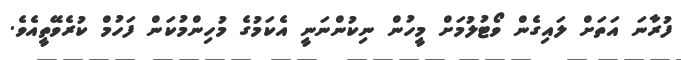
ފުރާނަ އަތަށް ލައިގެން ވޯޓުލުމަށް މީހުން ނިކުންނަނީ އެކަމުގެ މުހިންމުކަން ފަހުމް ކުރެވޭތީއެވެ.